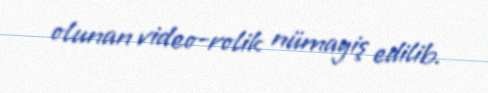
olunan video-rolik nümayiş edilib.